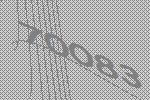
70083